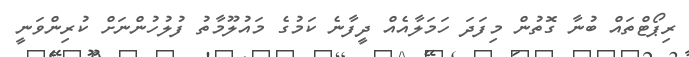
ރިޕޯޓްތައް ބުނާ ގޮތުން މިފަދަ ހަމަލާއެއް ދީފާނެ ކަމުގެ މައުލޫމާތު ފުލުހުންނަށް ކުރިންވަނީ